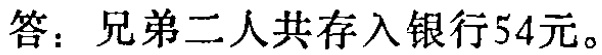
答：兄弟二人共存入银行54元。